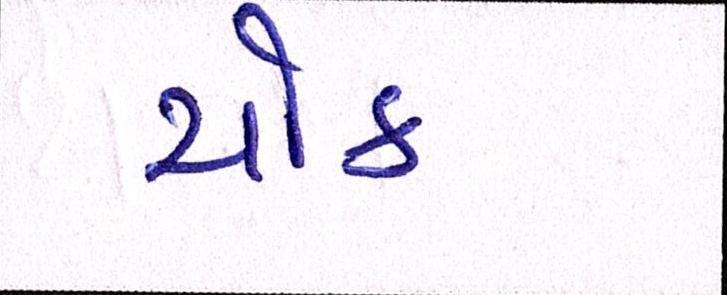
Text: ચોક